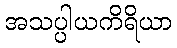
အသပ္ပါယကိရိယာ